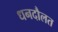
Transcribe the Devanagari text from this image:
धनदौलत